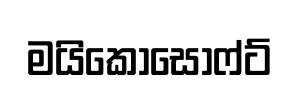
මයිකොසොෆ්ට්